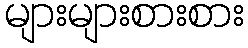
များများစားစား